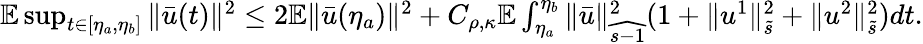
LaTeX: \begin{array}{r}{\mathbb{E}\operatorname*{sup}_{t\in\left[\eta_{a},\eta_{b}\right]}\| \bar{u}(t)\| ^{2}\leq 2\mathbb{E}\| \bar{u}(\eta_{a})\| ^{2}+C_{\rho,\kappa}\mathbb{E}\int_{\eta_{a}}^{\eta_{b}}\| \bar{u}\| _{\widehat{s-1}}^{2}(1+\| u^{1}\| _{\tilde{s}}^{2}+\| u^{2}\| _{\tilde{s}}^{2})dt.}\end{array}